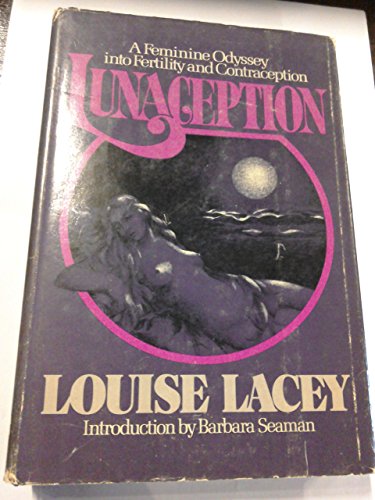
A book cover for Lunaception: A Feminine Odyssey into Fertility and Contraception; Louise Lacey; Parenting & Relationships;